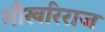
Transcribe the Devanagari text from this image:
मौखरिराज